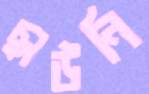
ছাউনি